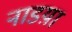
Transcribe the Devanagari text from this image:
नाडय़ा